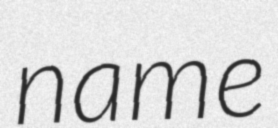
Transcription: name